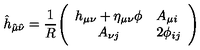
{ \hat { h } } _ { { \hat { \mu } } { \hat { \nu } } } = { \frac { 1 } { R } } \Bigg ( \begin{array} { c l } { h _ { \mu \nu } + \eta _ { \mu \nu } \phi } & { A _ { \mu i } } \\ { A _ { \nu j } } & { 2 \phi _ { i j } } \\ \end{array} \Bigg )